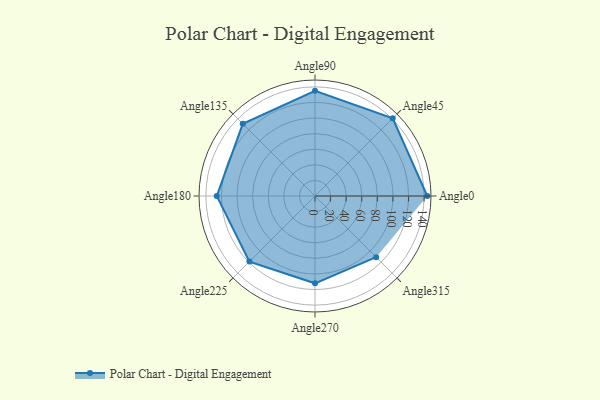
{"axis": {"x": "Angle", "y": "Radius"}, "legend": [""], "data": [{"x": "Angle0", "y": 144.0, "type": ""}, {"x": "Angle45", "y": 141.0, "type": ""}, {"x": "Angle90", "y": 135.0, "type": ""}, {"x": "Angle135", "y": 131.0, "type": ""}, {"x": "Angle180", "y": 126.0, "type": ""}, {"x": "Angle225", "y": 119.0, "type": ""}, {"x": "Angle270", "y": 112.0, "type": ""}, {"x": "Angle315", "y": 111.0, "type": ""}]}